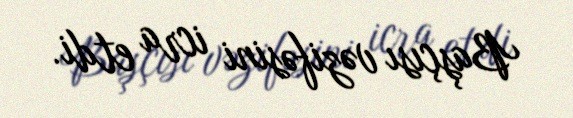
Başçısı vəzifəsini icra etdi.